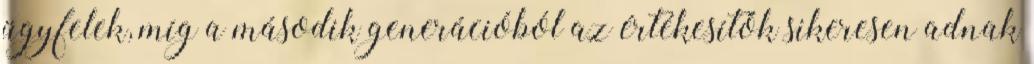
ügyfelek, míg a második generációból az értékesítők sikeresen adnak